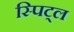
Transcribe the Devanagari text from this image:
स्पिट्ल